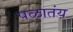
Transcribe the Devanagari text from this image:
पळातंय